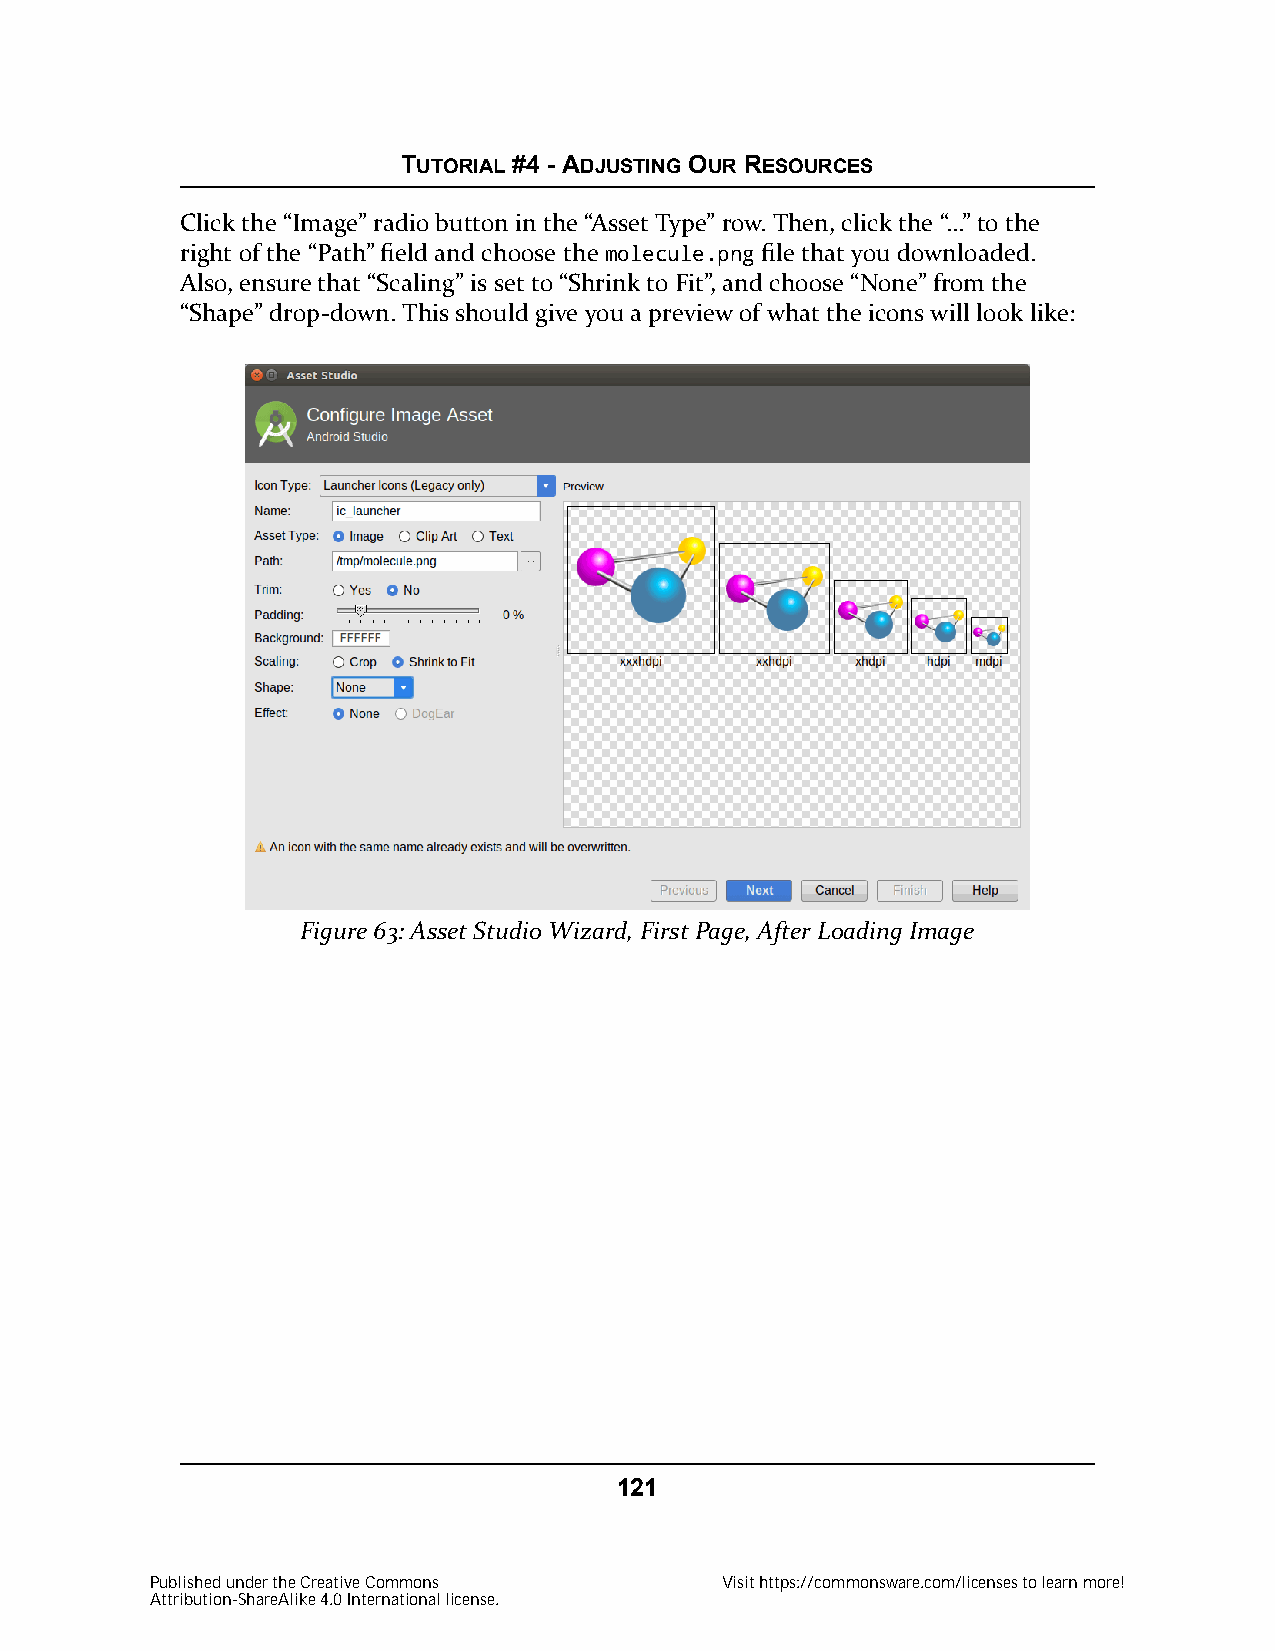
TUTORIAL #4 - ADJUSTING OUR RESOURCES
 Click the “Image” radio button in the “Asset Type” row. Then, click the “…” to the
 right of the “Path” field and choose the molecule.png file that you downloaded.
 Also, ensure that “Scaling” is set to “Shrink to Fit”, and choose “None” from the
 “Shape” drop-down. This should give you a preview of what the icons will look like:
 Figure 63: Asset Studio Wizard, First Page, After Loading Image
 121
 Published under the Creative Commons  Visit https://commonsware.com/licenses to learn more!
 Attribution-ShareAlike 4.0 International license.